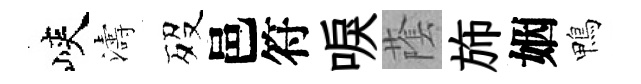
峽濤歿邑符唳䕃斾姻鴨